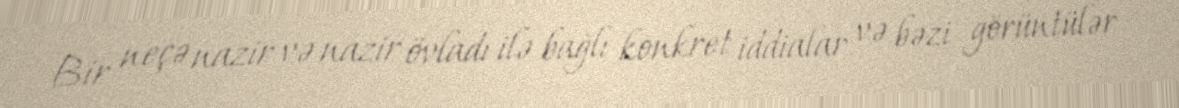
Bir neçə nazir və nazir övladı ilə bağlı konkret iddialar və bəzi görüntülər